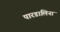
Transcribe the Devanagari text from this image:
पारडालिना